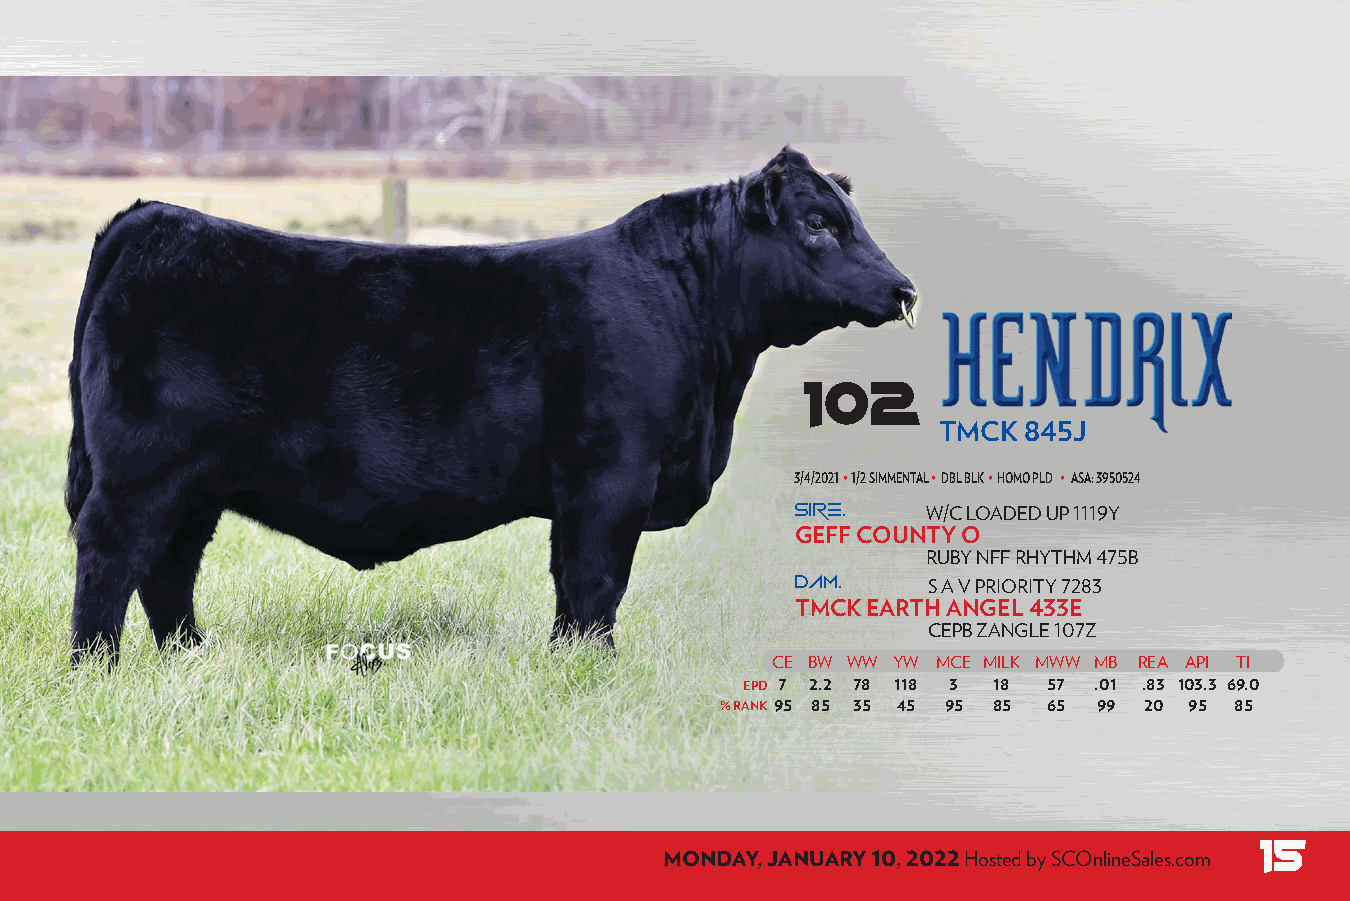
102
 TMCK  845J
 TMCK 840J
 3/4/2021 • 1/2 SIMMENTAL • DBL BLK • HOMO PLD • ASA: 3950524
 SIRE.   W/C LOADED UP 1119Y
 GEFF COUNTY O
 RUBY NFF RHYTHM 475B
 DAM.
 S A V PRIORITY 7283
 TMCK EARTH ANGEL 433E
 CEPB ZANGLE 107Z
 CE BW WW YW MCE MILK MWW MB REA API TI
 EPD 7 2.2 78 118 3 18 57 .01 .83 103.3 69.0
 % RANK 95 85 35 45 95 85 65 99 20 95 85
 15
 MONDAY, JANUARY 10, 2022 Hosted by SCOnlineSales.com